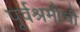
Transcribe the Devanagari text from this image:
पूर्वश्रमीची